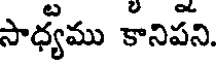
సాధ్యము కానిపని.